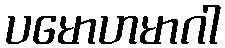
ပမောဟမာဂါ